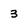
Character: 3